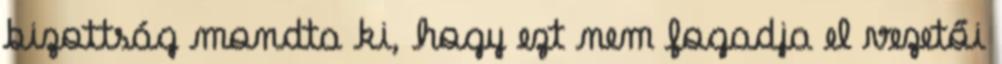
bizottság mondta ki, hogy ezt nem fogadja el vezetői